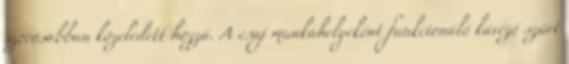
szorosabban közeledett hozzá. A csaj munkahelyeként funkcionáló kávézó szűrt